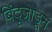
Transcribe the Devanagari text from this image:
बिंदूजोडून